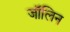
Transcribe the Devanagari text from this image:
जॉलिन